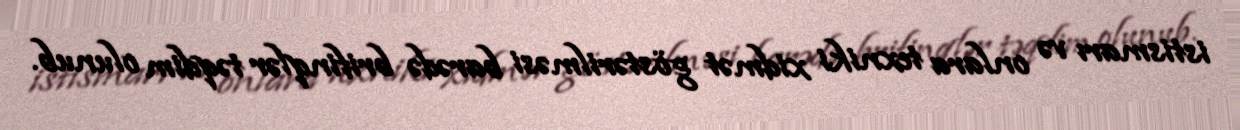
istismarı və onlara texniki xidmət göstərilməsi barədə brifinqlər təqdim olunub.